Annual vaccination report of Bihar and Orissa - 1911-1928
Year: 1911
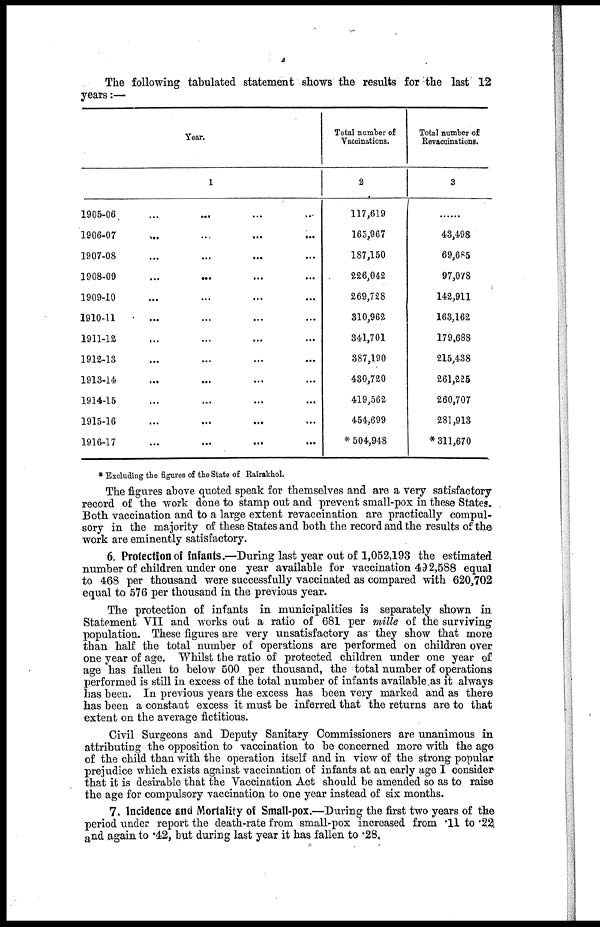
4
The following tabulated statement shows the results for the last 12
years:—
Year.
1
1905-06 ... ... ... ...
1906-07 ... ... ... ...
1907-08 ... ... ... ...
1908-09 ... ... ... ...
1909-10 ... ... ... ...
1910-11 ... ... ... ...
1911-12 ... ... ... ...
1912-13 ... ... ... ...
1913-14 ... ... ... ...
1914-15 ... ... ... ...
1915-16 ... ... ... ...
1916-17 ... ... ... ...
Total number of
Vaccinations.
2
117,619
165,967
187,150
226,042
269,728
310,962
341,701
387,190
430,720
419,562
454,699
* 504,948
Total number of
Revaccinations.
3
...
43,498
69,685
97,078
142,911
163,162
179,688
215,438
261,225
260,707
281,913
*311,670
* Excluding the figures of the State of Rairakhol.
The figures above quoted speak for themselves and are a very satisfactory
record of the work done to stamp out and prevent small-pox in these States.
Both vaccination and to a large extent revaccination are practically compul-
sory in the majority of these States and both the record and the results of the
work are eminently satisfactory.
6. Protection of infants.—During last year out of 1,052,193 the estimated
number of children under one year available for vaccination 492,588 equal
to 468 per thousand were successfully vaccinated as compared with 620,702
equal to 576 per thousand in the previous year.
The protection of infants in municipalities is separately shown in
Statement VII and works out a ratio of 681 per mille of the surviving
population. These figures are very unsatisfactory as they show that more
than half the total number of operations are performed on children over
one year of age. Whilst the ratio of protected children under one year of
age has fallen to below 500 per thousand, the total number of operations
performed is still in excess of the total number of infants available as it always
has been. In previous years the excess has been very marked and as there
has been a constant excess it must be inferred that the returns are to that
extent on the average fictitious.
Civil Surgeons and Deputy Sanitary Commissioners are unanimous in
attributing the opposition to vaccination to be concerned more with the age
of the child than with the operation itself and in view of the strong popular
prejudice which exists against vaccination of infants at an early age I consider
that it is desirable that the Vaccination Act should be amended so as to raise
the age for compulsory vaccination to one year instead of six months.
7. Incidence and Mortality of Small-pox.—During the first two years of the
period under report the death-rate from small-pox increased from .11 to .22
and again to .42, but during last year it has fallen to .28,